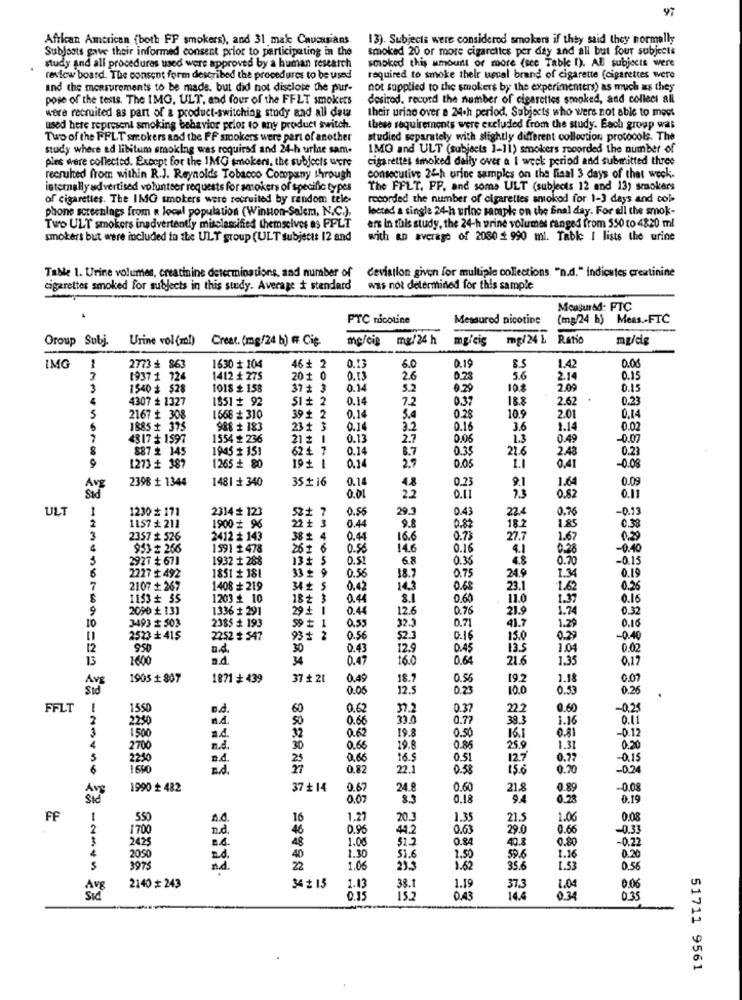
97
African American (both FP smokers), and 31 make Caucasians
13). Subjects were considered smokers if they said they normally
Subjosts gave their informed consent prior to participating in the
smoked 20 or more cigarettes per day and all but four subjects
smoked this amount of more (see Table I). All subjects were
study and all procedures used were approved by a human research
review board. The consent form described the procedures to be used
required to smoke thelr usual brand of cigarette (cigarettes were
and the measurements to be made. but did not disclose the puf-
not supplied to the smokers by the experimenters) as much as they
pose of the tests. The IMG, ULT, and four of the FFLT smokers
desired. record the number of cigarettes smoked, and collect all
their urine over a 24.h period, Subjects who were not able to meet
were recruited as part of a product-switching study and all dat
used here represent smoking behavior pelos to any product switch.
these requirements were excluded from the study. Each group was
Two of the FFLT smokers aod the FF smokers were part of another
studied separately with slightly different collection protocols. The
study where ad libitum smoking was required and 24-h urlae sam.
IMG and ULT (subjects 1-11) smokers recorded the number of
ples were collected. Except for the 1MG smokers, the subjects were
cigarettes smoked dally over a I weck period and submitted three
recruited from within R.J. Reynolds Tobacco Company through
consecutive 24-h urine samples on the final 3 days of that weck.
internally advertised volunteer requests for smokers of specific types
The FFLT. PP. and some ULT (subjects 12 and 13) smokers
of cigarettes. The IMG smokers were recruited by random tele-
recorded the number of cigarettes smoked for 1-3 days and cole
phone screenings from « locul population (Winston-Salem, N.C.).
lected a single 24-h urine sample on the final day. For all the smok-
Two ULT smokers inadvertently misclassified themselves os PFLT
ars in this study, the 24-h urine volumes ranged from 550 to 4820 ml
smokers but were included to the ULT group (ULT subject: 12 and
with an average of 2080 _ 990 ml. Table I lists the urine
Table 1. Urine volumes, creatinine determinations, and number of
deviation given for multiple collections. "n.d." indicates creatinine
cigarettes smoked for subjects in this study. Average i stendard
was not determined for this sample
Monsured: FTC
FTC nicotine
Messured nicotine
(mg/24 h) Meas .- FTC
-
Oroup Subj.
Urine vol(ml) Creat. (mg/24 b) # Cip.
me/cie mg/24 h
mgleis
mg/24 L Ratio
mude
0.00
IMG
1
2773 + 863
1630 + 104
: 2
0.13
6.0
0.19
8.5
1.42
1937 1 724
1412 + 275
20 +
0, 13
26
0.28
5.6
2.14
0.15
3
1540 # $28
1018 + 158
37 +
0.14
5.2
0.29
10
2.09
0.15
4307 + 1327
1851 92
0.14
7.2
0.37
18.8
2.62
0.23
10.9
5
2167 + 308
1668 + 310
39 +
0.14
5.4
0.28
2.01
0,14
1885 + 375
988 + 183
23 1
SHHH
0.14
3.2
0.16
3.6
1.14
0.02
4317 + 1597
1554 + 236
21 #
0.13
2.7
0.05
1.3
0.49
-0.07
887 2 145
1945 + 151
62 +
0.14
0.35
22.6
2.48
0.27
9
8.7
LI
1273 + 387
1265 + 80
19+ 1
0,14
2.9
0.05
0.41
-0.08
2398 1 1344
1481 + 340
35#16
0.14
0.23
1.64
0.09
Avg
48
9.1
Sad
0.01
2.2
0.11
0.82
0.11
ULT
1
1230 * 171
2314 + 123
0.56
29.3
0.43
22.4
0.76
-0.33
1157 + 211
0.44
2
1900 # 96
22 +
9.8
0.87
18.2
1.85
0.38
3
2357 + 526
2412 + 143
38 +
0.44
16.6
0.73
27.7
1.67
0.29
4
953 # 266
1591 + 478
26 1 6
0.56
14.6
0.16
4.1
0.28
-0.40
2927 ₺ 67]
1932 + 288
13£ 5
0.51
6.8
0.35
4.8
0.70
-0.15
6
2227 + 492
1851 + 181
0.56
0.75
1.34
0.19
33 £ 9
18.7
24.9
7
2107 + 267
1408 + 219
34 ₺ 5
0.42
143
0.68
23.1
1.62
0.26
1153 + 55
1203 + 10
18 +
0.44
3.1
0.60
11.0
1.37
0.16
9
2090 + 131
1336 + 291
0.44
12.6
0.76
21.9
1.74
0.32
10
3493 503
2385 + 193
0.55
0.71
1.29
59
: 1
32.3
41.7
0.16
2523 + 415
2252 + 547
93+ 2
0.56
$2.3
0.16
15.0
0.29
-0.40
12
950
n.4.
30
0.43
12.9
0.45
13.5
1.04
0.02
13
1600
ad
34
0.47
16.0
0.64
21.6
1.35
0.17
Avg
1905 + 807
1871 + 439
37 + 21
0.49
18.7
0.56
19.2
1.18
0.07
Sid
0.00
12.5
0.23
10.0
0.53
0.26
FFLT
1
1550
B.d.
60
0.62
37.2
0.37
22.2
0.60
-0.25
2
2250
n.d.
50
0.66
33.0
0.77
38.3
1.16
0.41
3
1,500
32
0.6
19.8
0.50
0.81
-0.12
a4.
16.1
4
2700
n.d.
30
0.66
19.8
0.85
25.9
1.31
0.20
2230
n.4.
25
0.66
16.5
0.51
12.7
0.77
-0.15
6
11690
n.d.
0.82
22.1
0.58
15.6
0.70
-0.2
Avs
1990 + 482
37 + 14
0.67
24.8
0.60
21.8
0.89
-0.08
Sid
0.07
85
0.18
9.4
0.28
0.15
FF
550
16
1.27
20.3
1.35
21.5
1.06
0.08
2
1700
n.d .
46
0.96
44.2
0.63
29.0
0.66
-0.33
3
2425
48
1.00
51.2
0.84
40.8
0.80
4
-0.2
20:50
40
1.30
51.6
1.50
59.6
1.16
0.20
S
3975
22
1.06
1.62
35.6
1.53
0.56
Avg
2140 # 243
34 = 13
1.13
38.1
1.19
37.3
1.04
0.06
0.15
0.43
16.4
0.34
0.35
51711 9561